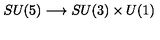
S U ( 5 ) \longrightarrow S U ( 3 ) \times U ( 1 )